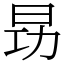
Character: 昮